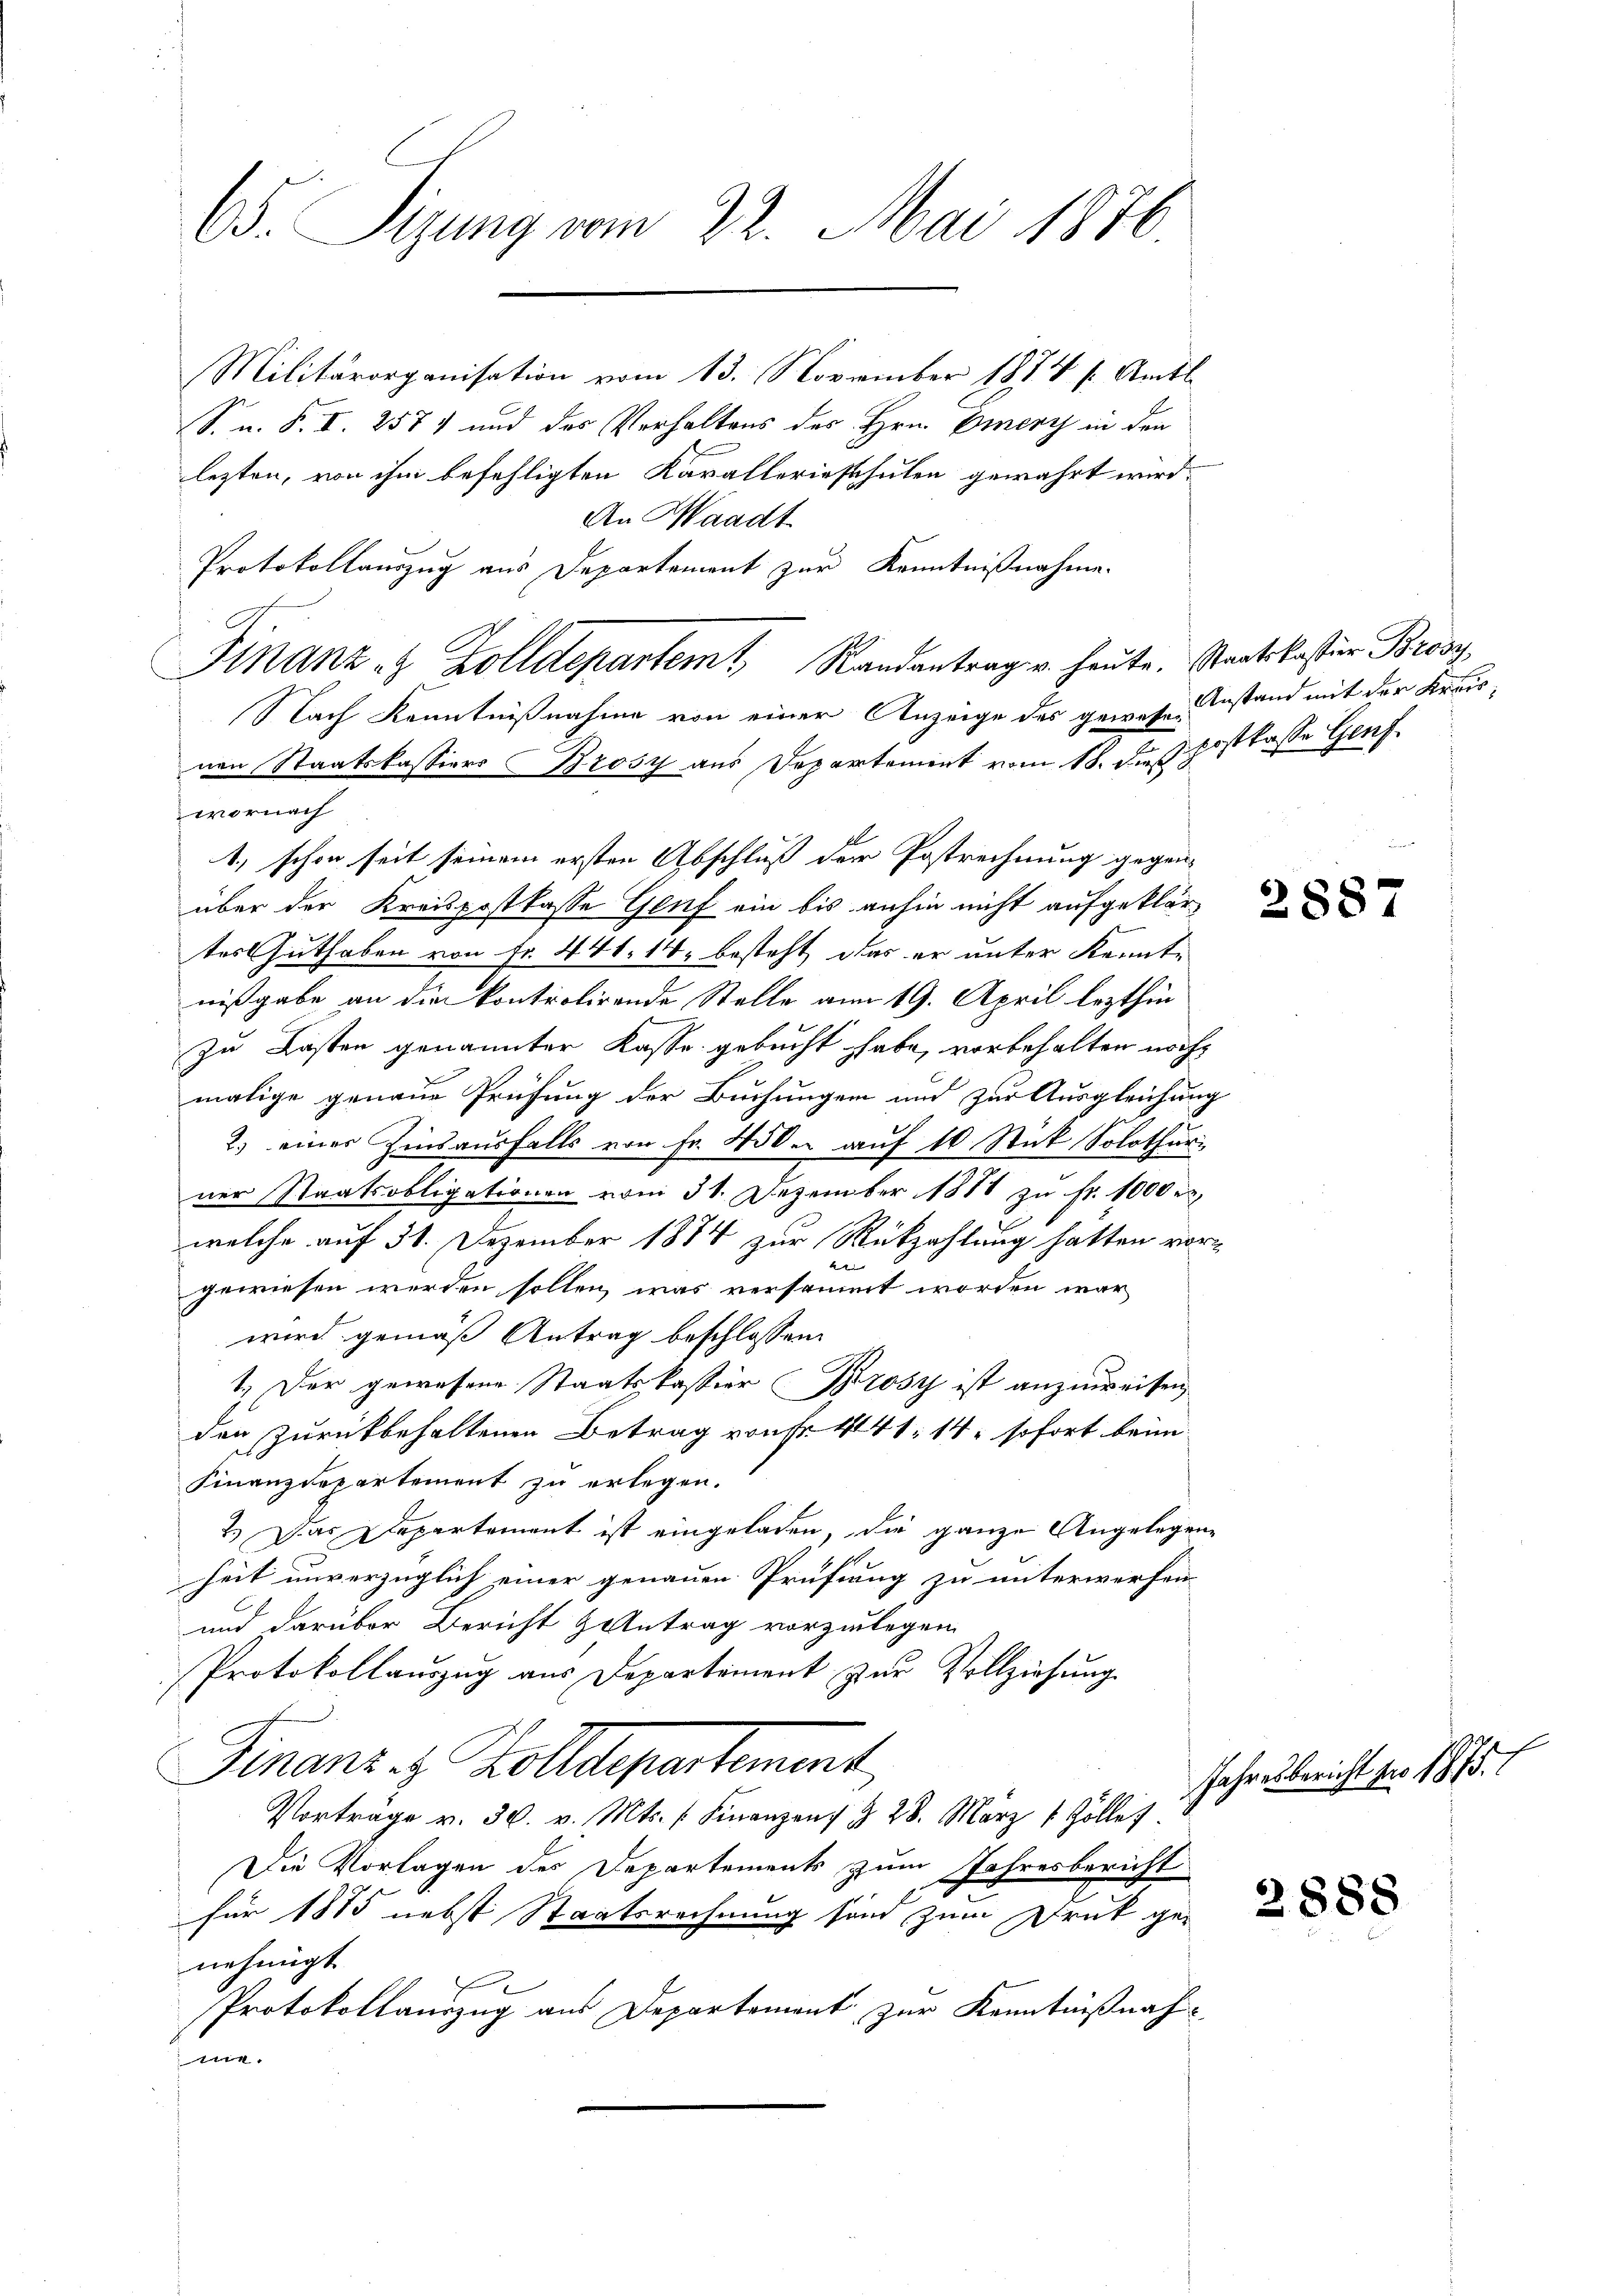
C. Sizung vom 22. Mai 1876.

Militärorganisation vom 13. November 1884 s. Amtl
S. n. F. I. 257) und des Verhaltens des Hrn. Eier in den
lezten, von ihm befehligten Kavalleriesschulen gewährt wird.
An Waadt
Protokollauszug aus Departement zur Kenntnißnahme
Nach Kenntnißnahme von einer Anzeige des gewesen
nen Staatskassiers Brosy aus Departement vom 18. daß postkasse Genf.
wornach
1, schon seit seinem ersten Abschluß der Postrechnung gegenüber der Kreispostkasse Genf ein bis anhin nicht aufgeklärtos Guthaben von Fr. 441. 14, besteht, das er unter Kenntnißgabe an die kontrolirende Stelle am 19. April lezthin
zu Lasten genannter Kasse gebucht habe, vorbehalten noch
malige genaue Prüfung der Buchungen und zur Ausgleichung
2.) einer Zinsausfalls von fr. 450. auf 10 Stück Solothur
ner Staatsobligationen vom 31. Dezember 1881 zu fr. 1000 e
welche auf 31. Dezember 1884 zur Rückzahlung hatten vor-
e
gewiesen werden sollen, was versammt worden war,
wird gemäß Antrag beschlossen
1.) Der gewesene Staatskassier Prosy ist anzuweisen,
den zurückbehaltenen Betrag von Fr. 441, 14, sofort beim
Finanzdepartement zu erlegen.
2.) Das Departement ist eingeladen, die ganze Angelegene
heit unverzüglich einer genauen Prüfung zu unterwerfen
und darüber Bericht & Antrag vorzulegen
Protokollauszug aus Departement zur Vollziehung
Finanz z. Kollegenkommt,
Vortrage v. 30. v. Mts. Finanzenz & 28. März 1 Zöller.
Die Vorlagen der Departements zum Jahresbericht
für 1875 nebst Staatsrechnung sind zum Druk ge-
nehmigt
Protokollauszug aus Departement zur Kenntnißnaht

Finanz- & Zolldepartem Randantrag v. heute. Staatskoster Brosg

Anstand mit der Kreis¬

288

7

Jahresbericht pro 1875.

2888